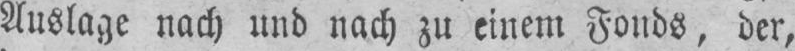
Auslage nach und nach zu einem Fonds, der,